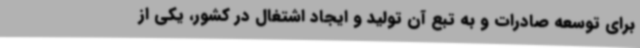
برای توسعه صادرات و به تبع آن تولید و ایجاد اشتغال در کشور، یکی از